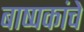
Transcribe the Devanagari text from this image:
बाष्पकांचे